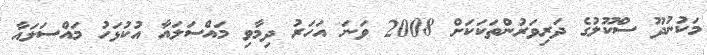
މަކުނުދޫ ސްކޫލުގެ ދަރިވަރުންތަކަކަށް 2008 ވަނަ އަހަރު ދިމާވި މައްސަލައާ އުކުޅަހު މައްސަލައާ